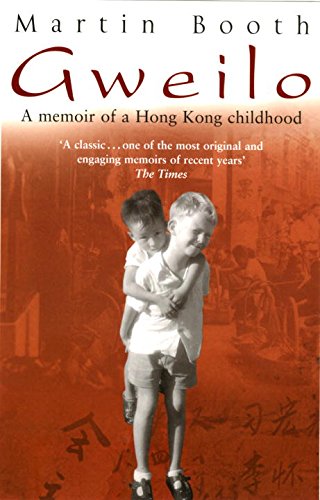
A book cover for Gweilo: Memories of a Hong Kong Childhood; Martin Booth; History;